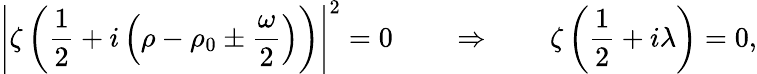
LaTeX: \left|\zeta\left(\frac{1}{2}+i\left(\rho-\rho_{0}\pm\frac{\omega}{2}\right)\right)\right|^{2}=0\qquad\Rightarrow\qquad\zeta\left(\frac{1}{2}+i\lambda\right)=0,